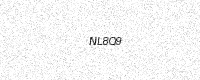
Text: NL8Q9